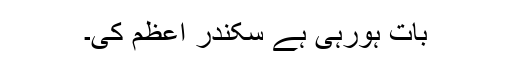
بات ہورہی ہے سکندر اعظم کی۔